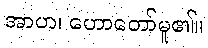
အာဟ၊ ဟောတော်မူ၏။